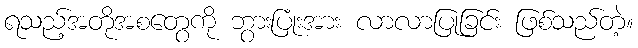
ရသည့်အတိုအစတွေကို ဘွားပြုံးအား လာလာပြုခြင်း ဖြစ်သည်တဲ့။